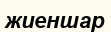
жиеншар